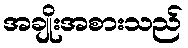
အချိုးအစားသည်